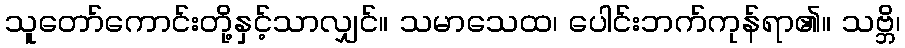
သူတော်ကောင်းတို့နှင့်သာလျှင်။ သမာသေထ၊ ပေါင်းဘက်ကုန်ရာ၏။ သဗ္ဘိ၊